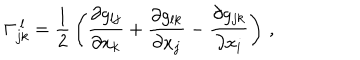
LaTeX: \Gamma _ { j k } ^ { \ l } = { \frac { 1 } { 2 } } \left( { \frac { \partial g _ { l j } } { \partial x _ { k } } } + { \frac { \partial g _ { l k } } { \partial x _ { j } } } - { \frac { \partial g _ { j k } } { \partial x _ { i } } } \right) \, ,